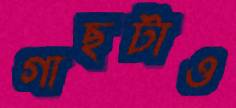
গাছটাও